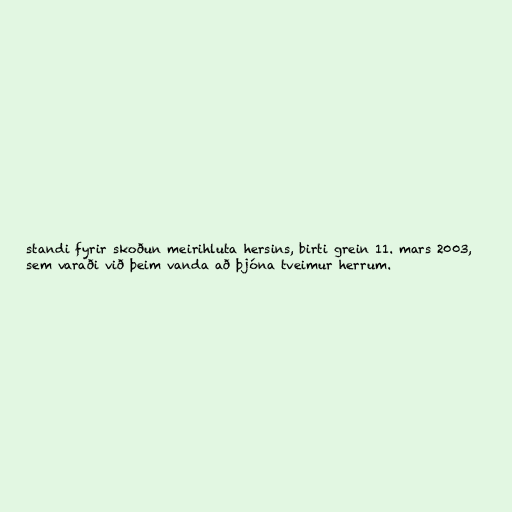
standi fyrir skoðun meirihluta hersins, birti grein 11. mars 2003,
sem varaði við þeim vanda að þjóna tveimur herrum.